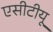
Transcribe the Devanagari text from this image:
एसीटीयू